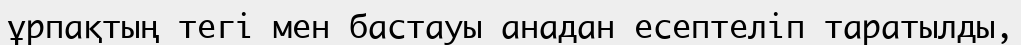
ұрпақтың тегі мен бастауы анадан есептеліп таратылды,